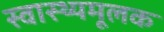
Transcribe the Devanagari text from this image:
स्वास्थ्यमूलक